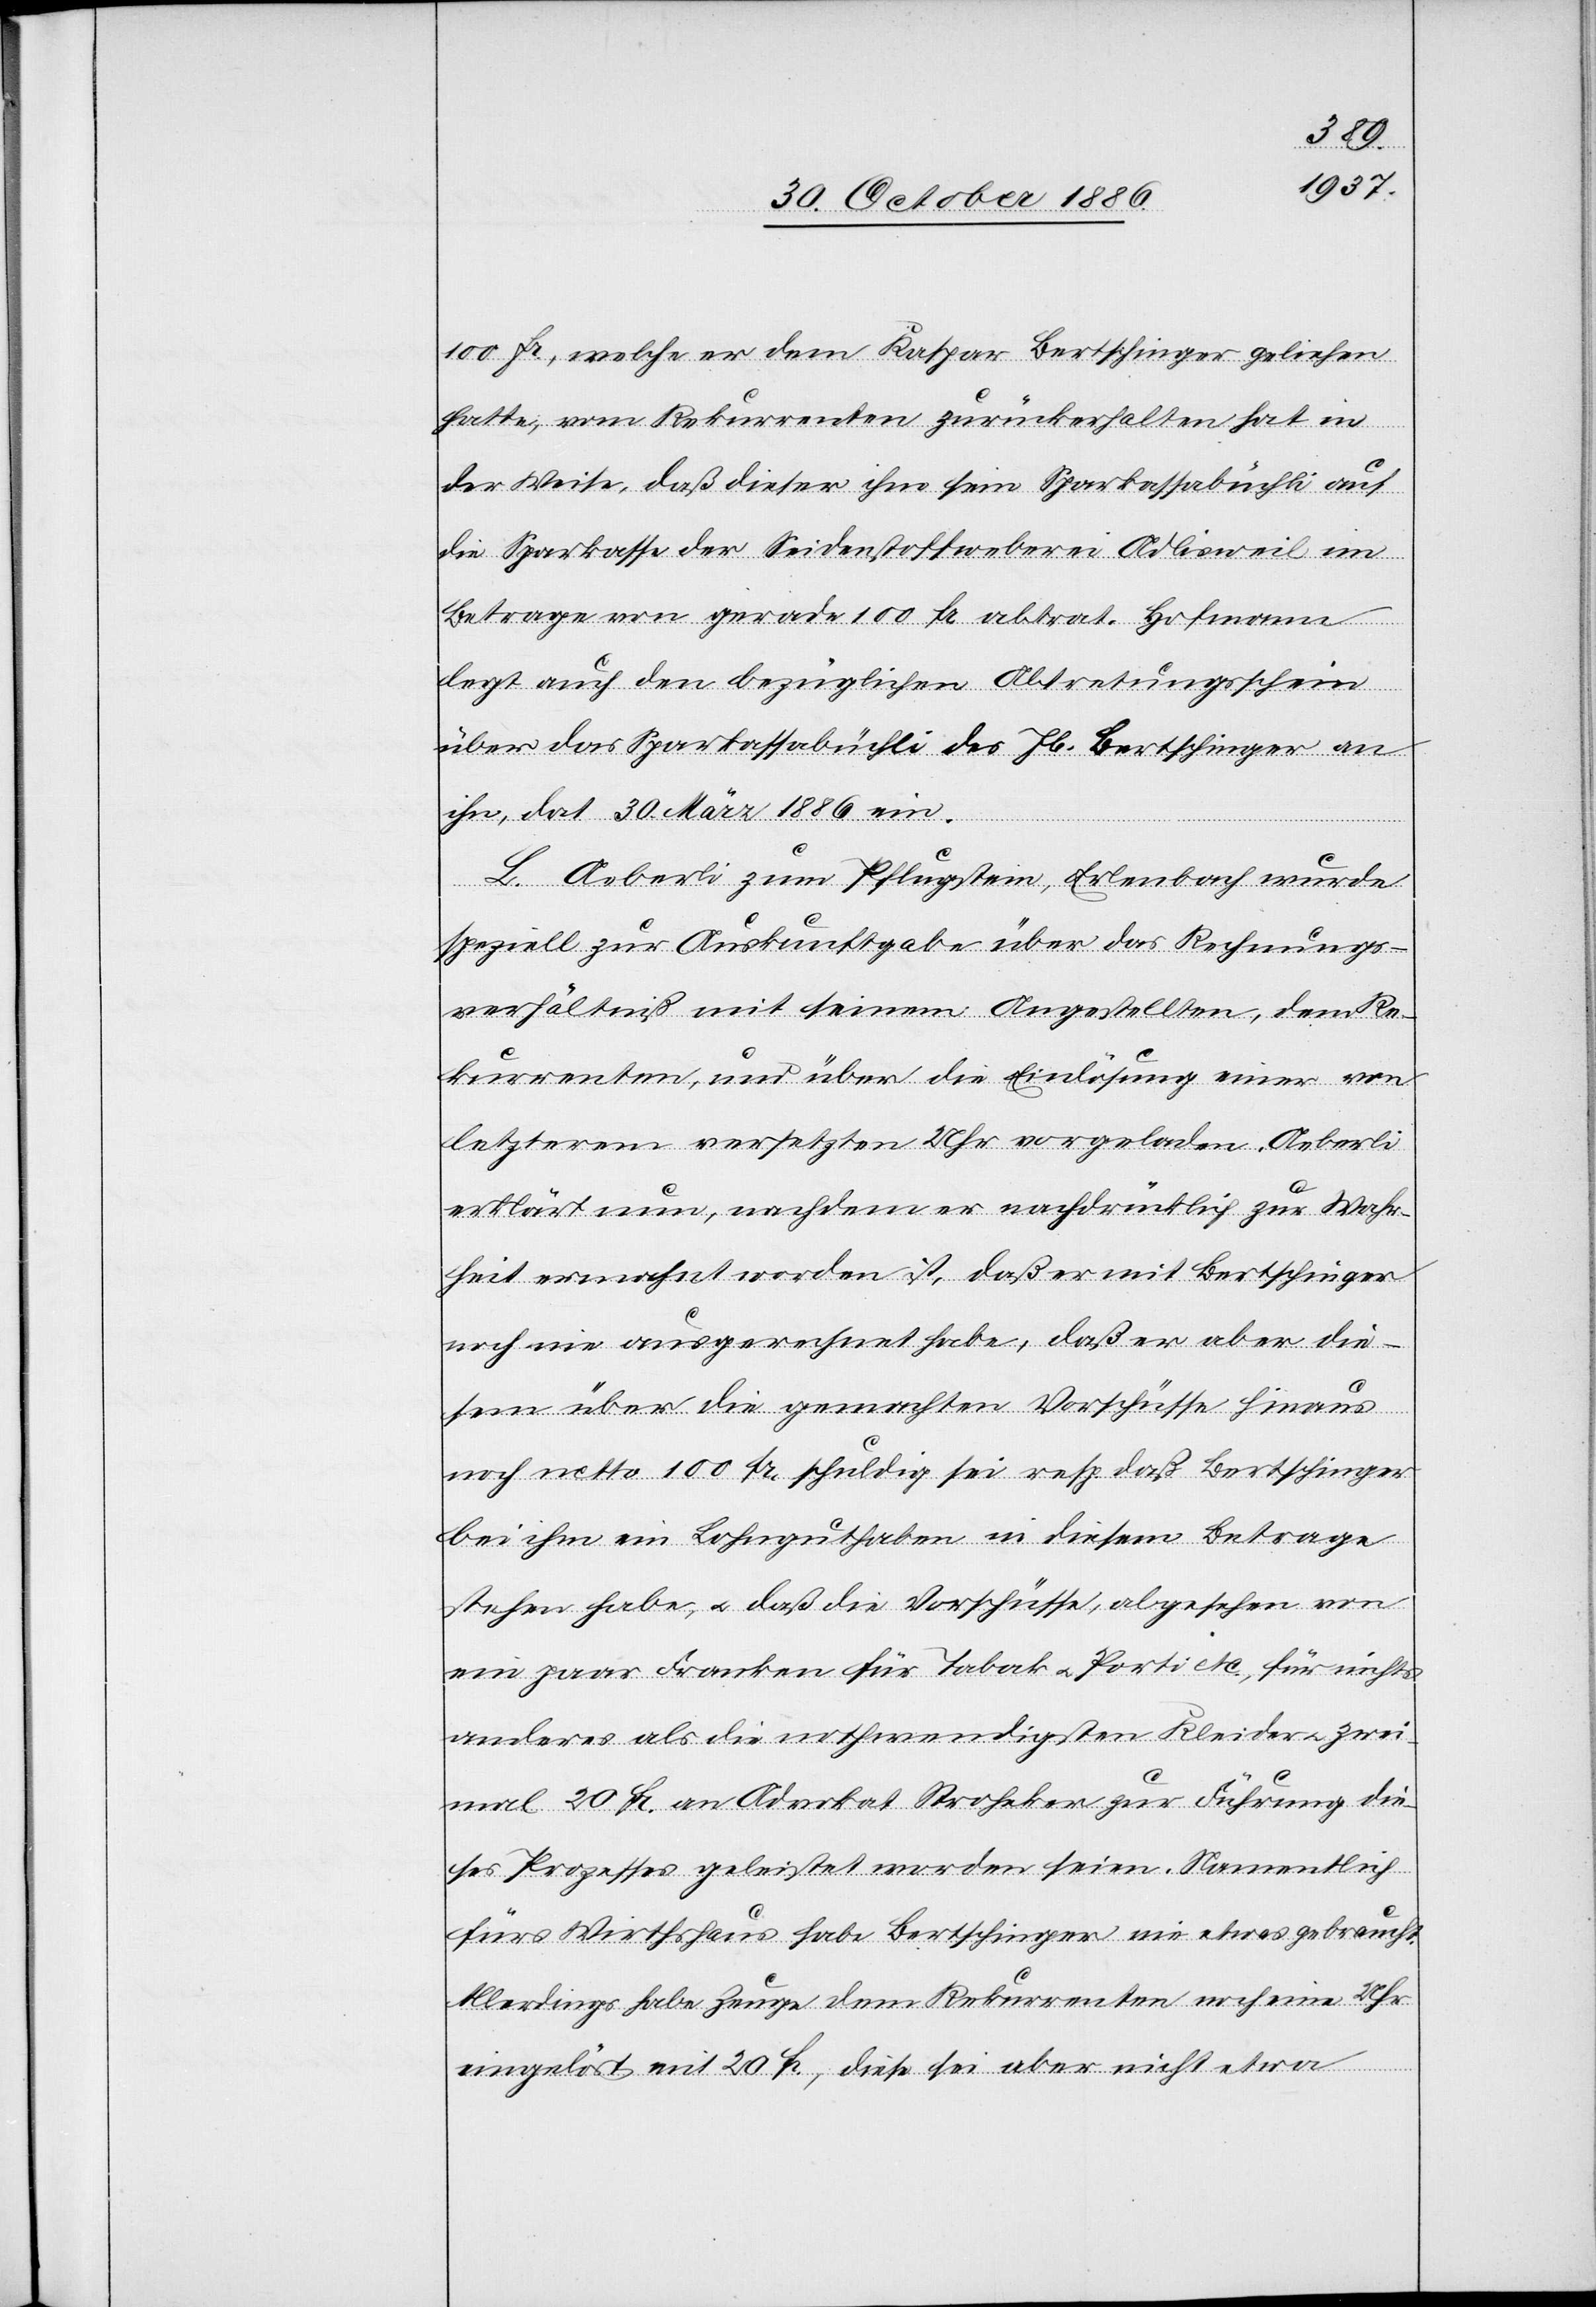
100 Fr., welche er dem Kaspar Bertschinger geliehen
hatte, vom Rekurrenten zurückerhalten hat in
der Weise, daß dieser ihm sein Sparkassabüchli auf
die Sparkasse der Seidenstoffweberei Adlisweil im
Betrage von gerade 100 Fr. abtrat. Hofmann
legt auch den bezüglichen Abtretungsschein
über das Sparkassabüchli des Jb. Bertschinger an
ihn, dat. 230. März 1886 ein.
L. Aeberli zum Pflugstein, Erlenbach wurde
speziell zur Auskunftgabe über das Rechnungs¬
verhältniß mit seinem Angestellten, dem Re¬
kurrenten, und über die Einlösung einer von
letzterem versetzten Uhr vorgeladen. Aeberli
erklärt nun, nachdem er nachdrücklich zur Wahr¬
heit ermahnt worden ist, daß er mit Bertschinger
noch nie ausgerechnet habe, daß er aber die¬
sen [sic!] über die gemachten Vorschüsse hinaus
noch netto 100 Fr. schuldig sei resp. daß Bertschinger
bei ihm ein Lohnguthaben in diesem Betrage
stehen habe, & daß die Vorschüsse, abgesehen von
ein paar Franken für Tabak & Porti etc., für nichts
anderes als die nothwendigsten Kleider & zwei¬
mal 20 Fr. an Advokat Stroheker zu Führung die¬
ses Prozesses geleistet worden seien. Namentlich
fürs Wirthshaus habe Bertschinger nie etwas gebraucht.
Allerdings habe Zeuge dem Rekurrenten noch eine Uhr
eingelöst mit 20 Fr., diese sei aber nicht etwa